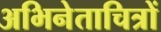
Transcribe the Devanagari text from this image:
अभिनेताचित्रों